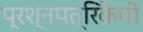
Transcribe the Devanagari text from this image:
प्रश्नपत्रिकेची